Vaccination in Burma 1900-1911 - 1900-1911
Year: 1900
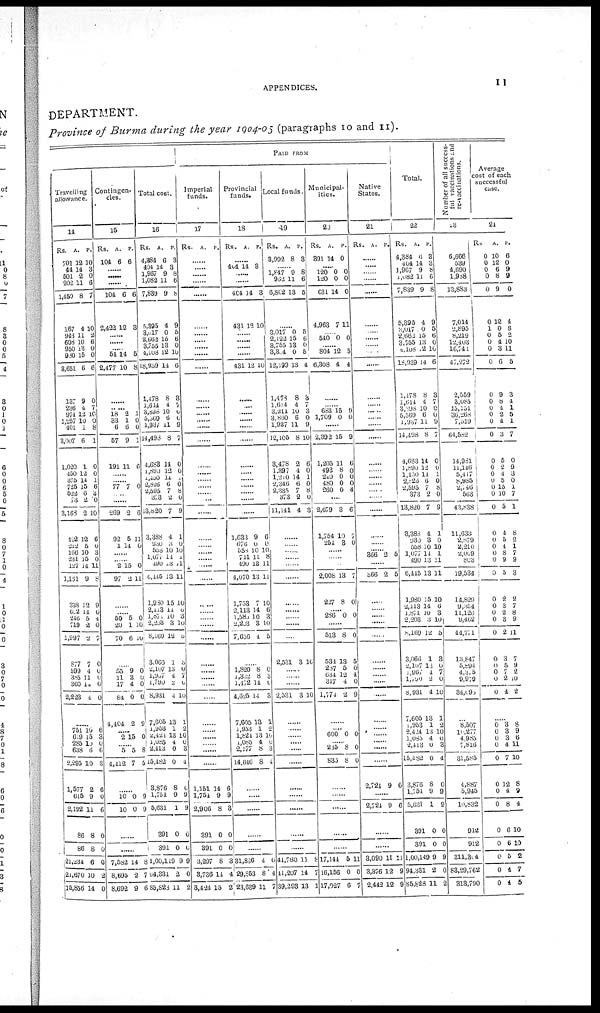
APPENDICES.
11
DEPARTMENT.
Province of Burma during the year 1904-05 (paragraphs 10 and 11).
Travelling
allowance.
14
Rs.
701
44
501
202
1,450
167
943
608
950
980
8,651
137
236
974
1,257
401
3,007
1,020
450 375
725
522
73
3,168
422
212
166
231
127
1,151
338
692
246
719
1,997
877
599
385
360
2,223
A.
12
14
2
11
8
4
11
10
13
15
6
9
4
12
10
1
6
1
12 14
15
6
2
2
12
5
10
15
14
9
12
14
5
2
2
7
4
11
14
4
P.
10
3
0
6
7
10
2
6
0
0
6
0
7
10
0
8
1
0
0 1
6
3
0
10
6
0
3
0
11
8
9
6
4
0
7
0
0
0
0
0
......
751
619
285
633
2,295
1,577
615
2,192
86
86
21,234
21,670
15,856
10
15
10
6
10
2
9
11
8
8
6
10
14
6
3
0
6
3
6
0
6
0
0
0
2
0
Contingen-
cies.
15
Rs.
104
A.
6
P.
6
......
......
104
2,422
6
12
6
3
......
......
......
54
2,477
14
10
5
8
......
......
18
33
6
57
191
2
1
6
9
11
1
0
0
1
6
...... ......
77 7 0
......
......
269
92
1
2
5
14
6
11
0
......
......
2
97
15
2
0
11
......
......
50
20
70
5
1
6
0
10
10
......
55
11
17
84
4,404
9
3
4
0
2
0
0
0
9
......
2 15 0
...... 5
4,412
5
7
8
5
......
10
10
0
0
9
9
......
......
7,582
8,695
8,692
14
2
9
8
7
6
Total cost.
16
Rs.
4,384
404
1,967
1,082
7,839
5,395
3,0l7
2,662
3,755
4,108
18,939
1,178
1,614
3,896
5,569
1,937
14,493
4,683
1,890
1,450
2,626
2,595
373
13,820
3,388
930
558
1,077
490
6,145
1,930
2,113
1,871
2,203
8,169
3,066
2,107
l,987
1,790
8,931
7,605
1,953
2,424
1,085
2,413
15,482
3,876
1,754
5,631
391
391
1,00,119
94,331
85,828
R.
6
14
9
11
9
4
0
16
13
12
14
8
4
10
6
11
8
14
12
14
6
7
2
7
4
3
10
11
13
13
15
11
10
3
12
1
13
4
2
4
13
1
13
4
0
0
8
9
1
0
0
9
2
11
P.
3
3
8
6
8
9
5
6
0
10
6
3
7
0
0
9
7
0
0
1 0
8
0
9
1
0
10
1
11
11
10
0
3
10
5
3
0
7
0
10
1
2
10
0
3
4
0
9
9
0
0
9
0
2
PAID FROM
Imperial
funds.
17
Rs.
A. P.
......
......
......
......
......
......
......
......
...... ......
......
......
......
......
......
......
......
......
...... ......
......
...... ......
......
......
......
......
......
......
......
......
......
......
......
......
......
......
...... ......
......
......
......
......
......
......
......
1,151
1,751
2,906
391
391
3,297
3,736
3,424
14
9
8
0
0
8
14
15
6
9
3
0
0
3
4
2
Provincial
funds.
18
Rs.
A. P.
......
404 14 3
......
......
404
431
14
12
3
10
......
......
...... ......
431 12 10
......
......
......
......
......
......
......
...... ......
......
......
......
......
1,633
676
......
711
490
4,070
1,753
2,113
l,585
2,203
7,636
9
0
10
11
13
13
7
14
10
3
4
6
0
10
8
11
11
10
6
3
10
5
......
1,820
1,322
1,172
4,625
7,605
1,953
1,824
1,085
2,177
14,616
8
8
14
14
13
1
13
4
8
8
0
3 0
3
1
2
10
0 3
4
......
......
......
......
......
31,836
29,853
23,639
4
8
11
0
4
7
Local funds.
19
Rs.
8,992
A.
8
P.
3
...... 1,847
962
6,802
9
11
13
8
6
5
......
3,017
2,122
3,755
3,304
12,199
1,478
1,614
3,214
3,860
1,937
12,105
3,478
1 397
1,210
2,346
2,335
373
11,141
0
15
13
0
13
8
4
10
6
11
8
2
4 14
6
7
2
4
5
6
0
5
4
3
7 3
0
9
10
6
0
1
0
8
0
3
......
......
......
......
......
......
......
......
......
......
......
2,531 3 10
......
...... ......
2,531 3 10
......
......
......
......
......
......
......
......
......
......
......
44,780
11,207
39,293
11
14
13
8
7
1
Municipal-
ities.
20
Rs.
391
A.
14
P.
0
...... 120
120
631
4,963
0
0
14
7
0
0
0
11
...... 540 0 0
...... 804
6,308
12
4
5
4
......
...... 683
1,709
15
0
9
0
......
2,392
1,205
493
240
480
260
15
11
8
0
0
0
9
6
0 0
0
4
......
2,679
1,754
254
3
10
3
6
7
0
......
......
......
2,008
227
13
8
7
0
......
286 0 0
......
513
531
287
634
317
1,774
8
13
5
12
4
2
0
5
0
4
0
9
......
......
600 0 0
...... 235
835
8
8
0
0
......
......
......
......
......
17,144
16,156
17,027
5
0
6
11
0
7
Native
States.
21
Rs.
A. P.
......
......
......
......
......
......
......
......
...... ......
......
......
......
......
......
......
......
......
...... ......
......
......
......
......
......
......
...... 366 2 5
......
366 2 5
......
......
......
......
......
......
......
...... ......
......
......
......
......
......
......
......
2,721 9 6
2,724 9 6
......
......
3,090
3,376
2,442
11
12
12
11
9
9
Total.
22
Rs.
4,384
404
1,967
1,082
7,839
5,395
3,017
2,662
3,755
4,l08
18,939
1,178
1,614
3,898
5,569
1,937
14,498
4,683
1,890
1,450
2,826
2,595
373
13,820
3,383
930
558
1,077
490
6,445
1,980
2,113
1,871
2,203
8,169
3,066
2,107
1,967
1,790
8,931
7,605
1,953
2,424
1,085
2,413
15,482
3,876
1,751
5,631
391
391
1,00,149
94,331
85,825
A
6
4
9
11
9
4
0
15
13
12
14
8
4
10
6
11
8
14
12
14
6
7
2
7
4
3
10
14
13
13
15
14
10
3
12
1
18
4
2
4
13
1
13
4
0
0
8
9
1
0
0
9
2
11
P.
3
3
8
6
8
9
5
6
0
10
6
3
7
0
0
9
7
0
0
1
0
8
0
9
1
0
10
1
11
11
10
6
3
10
5
3
0
7
0
10
1
2
10
0
3
4
0
9
9
0
0
9
0
2
Number of all success-
ful vaccinations and
re-vaccinations.
23
6,666
539
4,690
1,968
13,883
7,014
2,895
8,219
12,403
16,741
47,272
2,559
3,085
15,151
36,268
7,519
64,582
14,981
11,116
5,417
8,985
2,146
563
43,838
11,633
2,879
2,210
2,009
803
19,534
14,829
9,354
11,126
9,462
44,771
13,847
5,894
4,375
9,979
34,693
...
8,507
10,277
4,985
7,816
31,585
4,887
5,945
10,832
912
912
311,304
83,29,762
313,790
Average
cost of each
successful
case.
24
Rs.
0
0
0
0
0
0
1
0
0
0
0
0
0
0
0
0
0
0
0
0
0
0
0
0
0
0
0
0
0
0
0
0
0
0
0
0
0
0
0
0
A.
10
12
6
8
9
12
0
5
4
3
6
9
8
4
2
4
3
5
2
4
5
15
10
5
4
5
4
8
9
5
2
3
2
3
2
3
5
7
2
4
P.
6
0
9
9
0
4
8
2
10
11
5
3
4
1
5
1
7
0
9
3
0
1
7
1
8
2
1
7
9
3
2
7
8
9
11
7
9
2
10
2
......
0
0
0
0
0
0
0
0
0
0
0
0
0
3
3
3
4
7
12
4
8
6
6
5
4
4
8
9
6
11
10
8
9
4
10
10
2
7
5